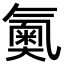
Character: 鿫